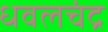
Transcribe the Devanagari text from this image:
धवलचंद्र